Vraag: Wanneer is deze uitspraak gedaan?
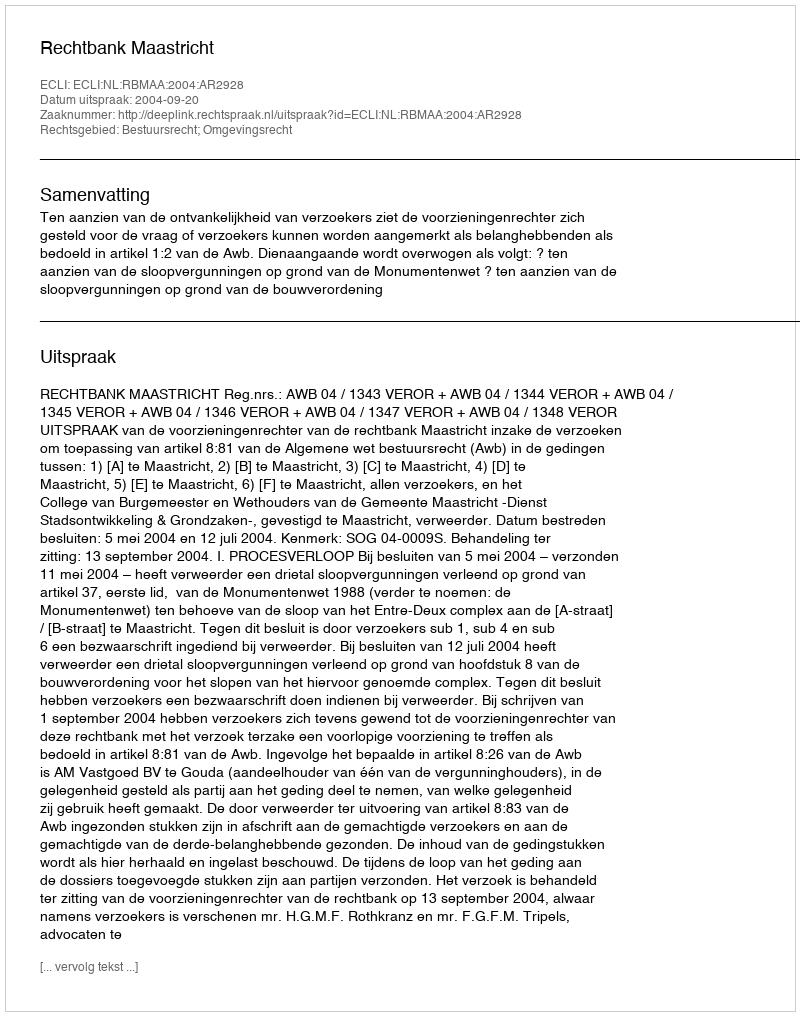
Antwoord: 2004-09-20